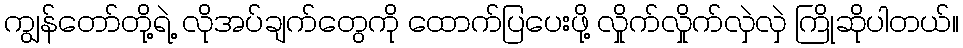
ကျွန်တော်တို့ရဲ့ လိုအပ်ချက်တွေကို ထောက်ပြပေးဖို့ လှိုက်လှိုက်လှဲလှဲ ကြိုဆိုပါတယ်။